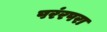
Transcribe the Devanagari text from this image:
परंरपरा